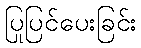
ပြုပြင်ပေးခြင်း